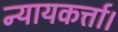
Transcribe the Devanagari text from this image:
न्यायकर्त्ता।